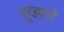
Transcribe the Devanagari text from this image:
सूझते